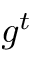
g ^ { t }